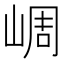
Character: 㟘